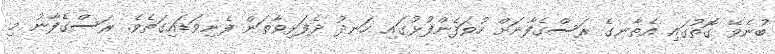
ބުނެވޭ ގޮތުގައި އެތާނގެ ރަސްގެފާނަށް ހުވަފެންފުޅުގައި ހަނދު ދެފަޅިވާތަން ފެނިވަޑައިގަތެވެ. ރަސްގެފާނު މި